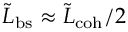
\tilde { L } _ { \mathrm { b s } } \approx \tilde { L } _ { \mathrm { c o h } } / 2